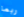
ربما